Bréfritari: Malene Jensdóttir
Viðtakandi: Páll Pálsson
Dagsetning: A-1819-01-07
Skrifað á: Hallfreðarstöðum  N-Múl.

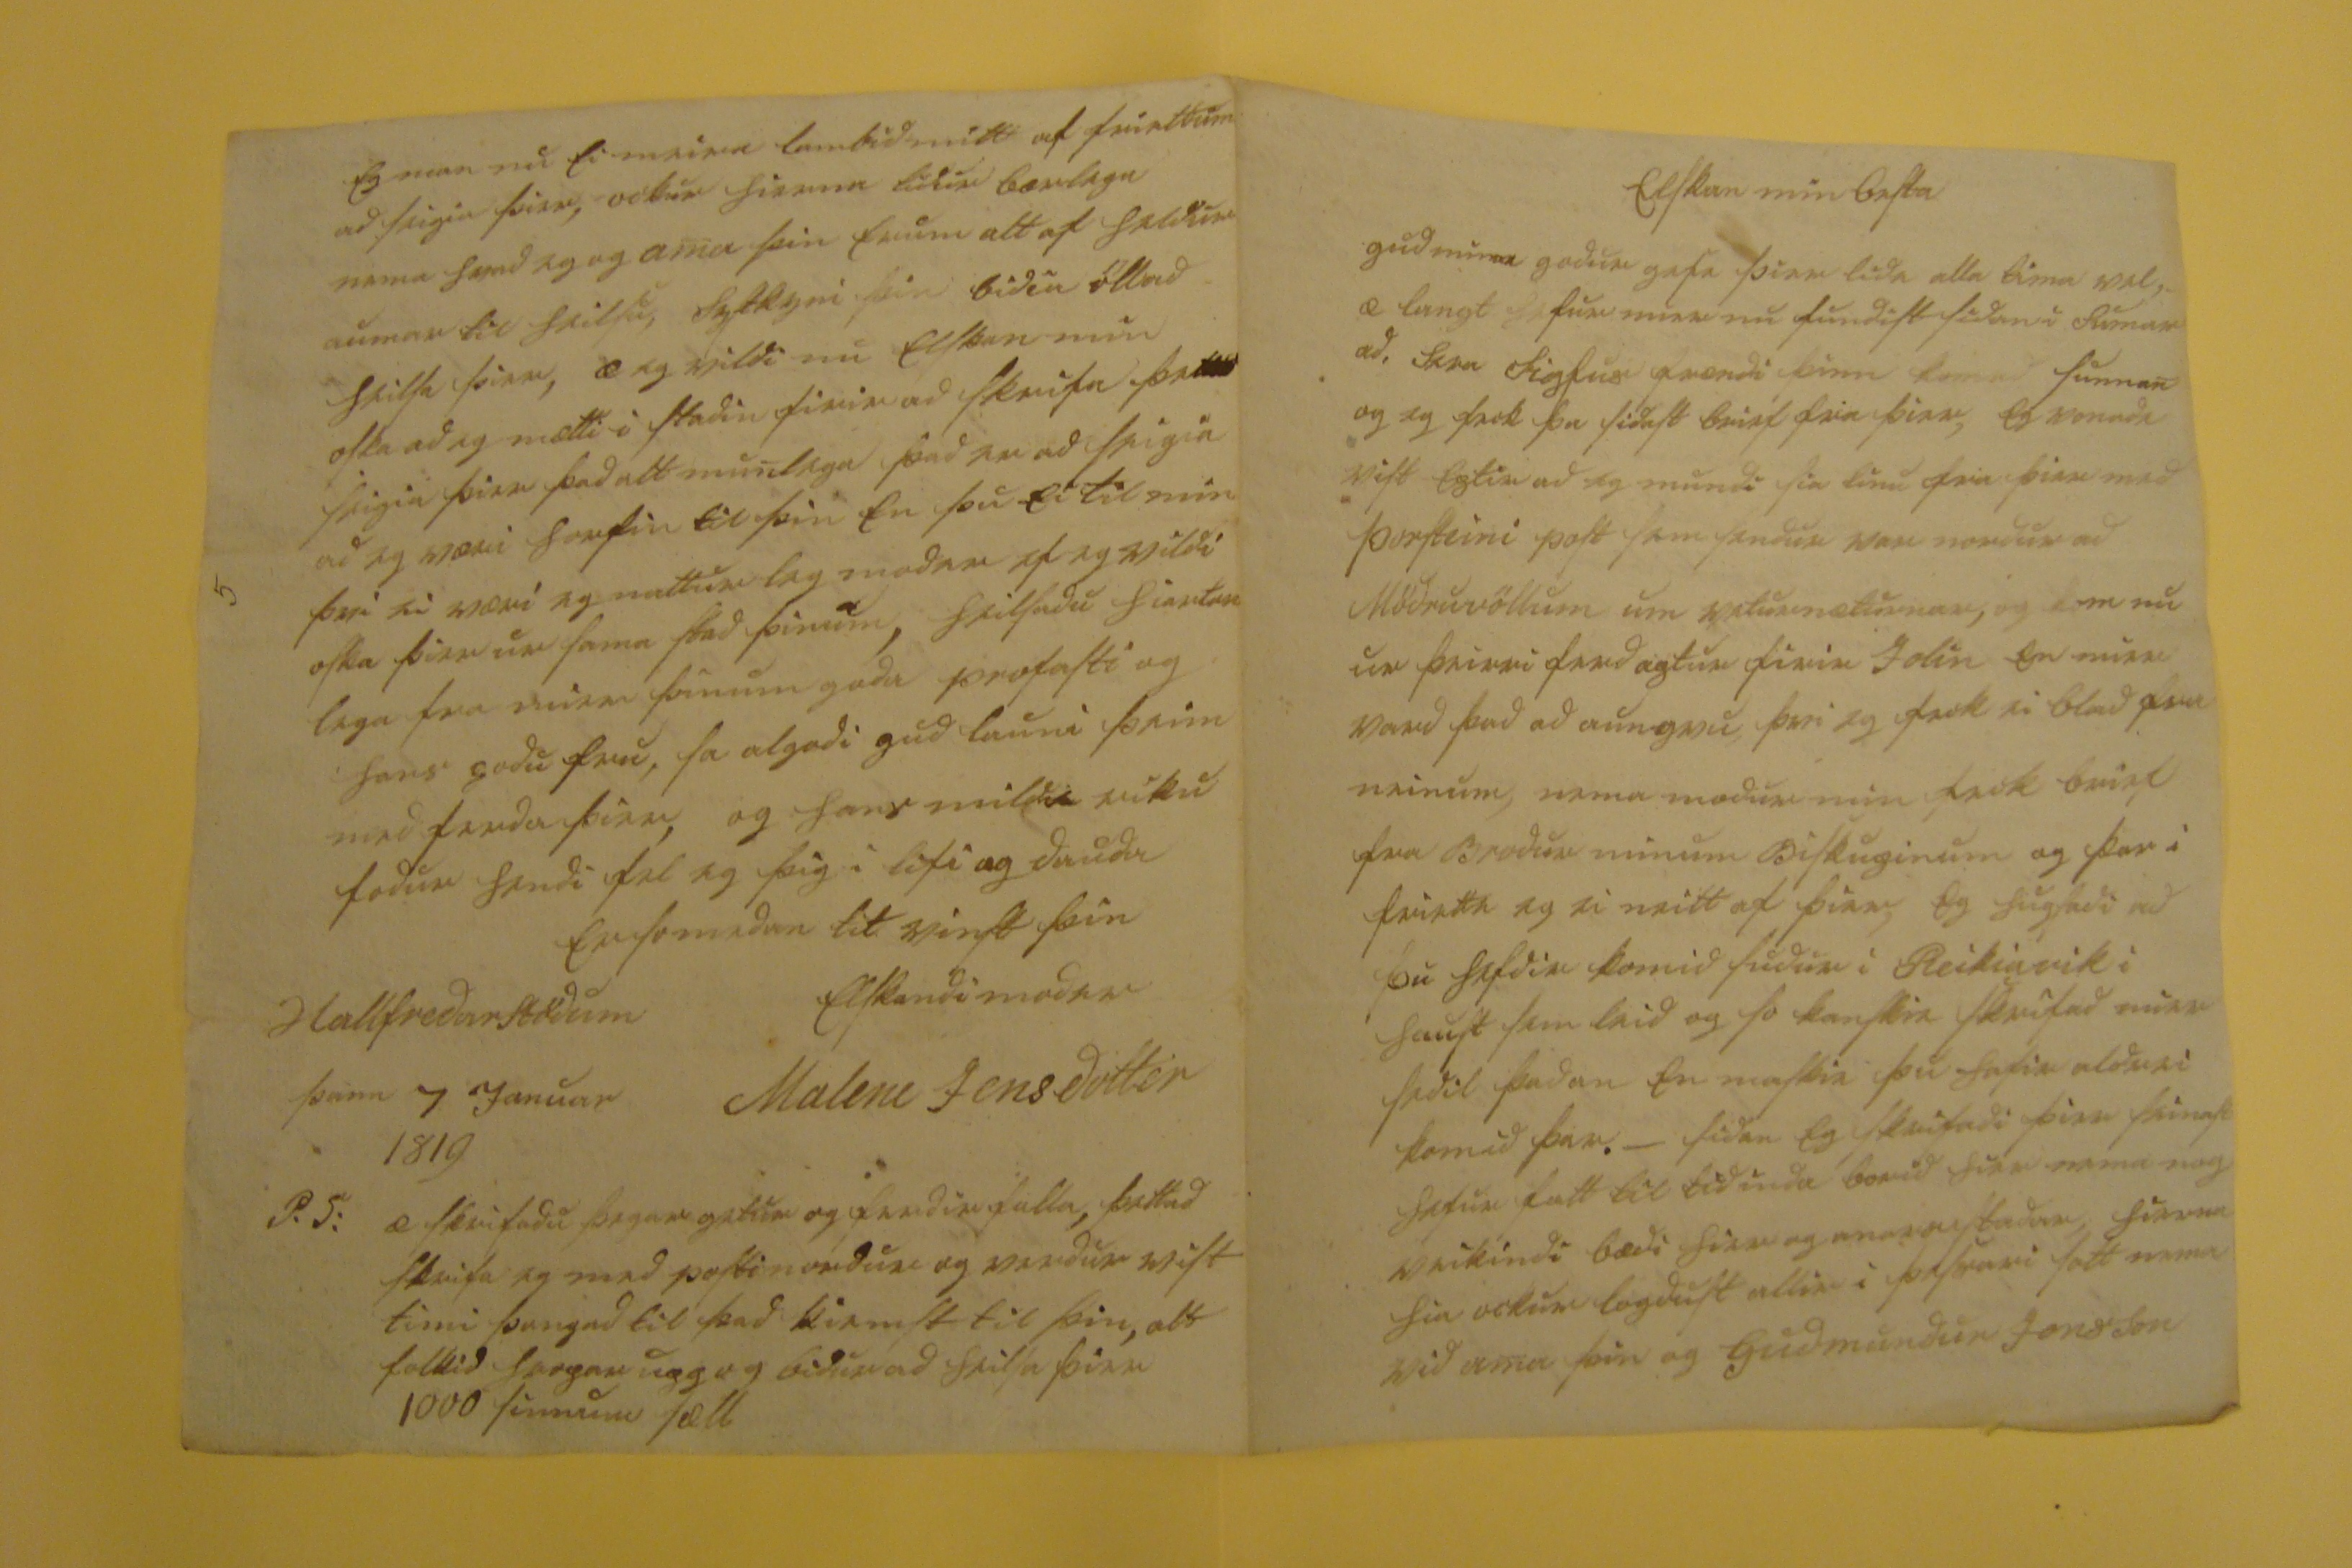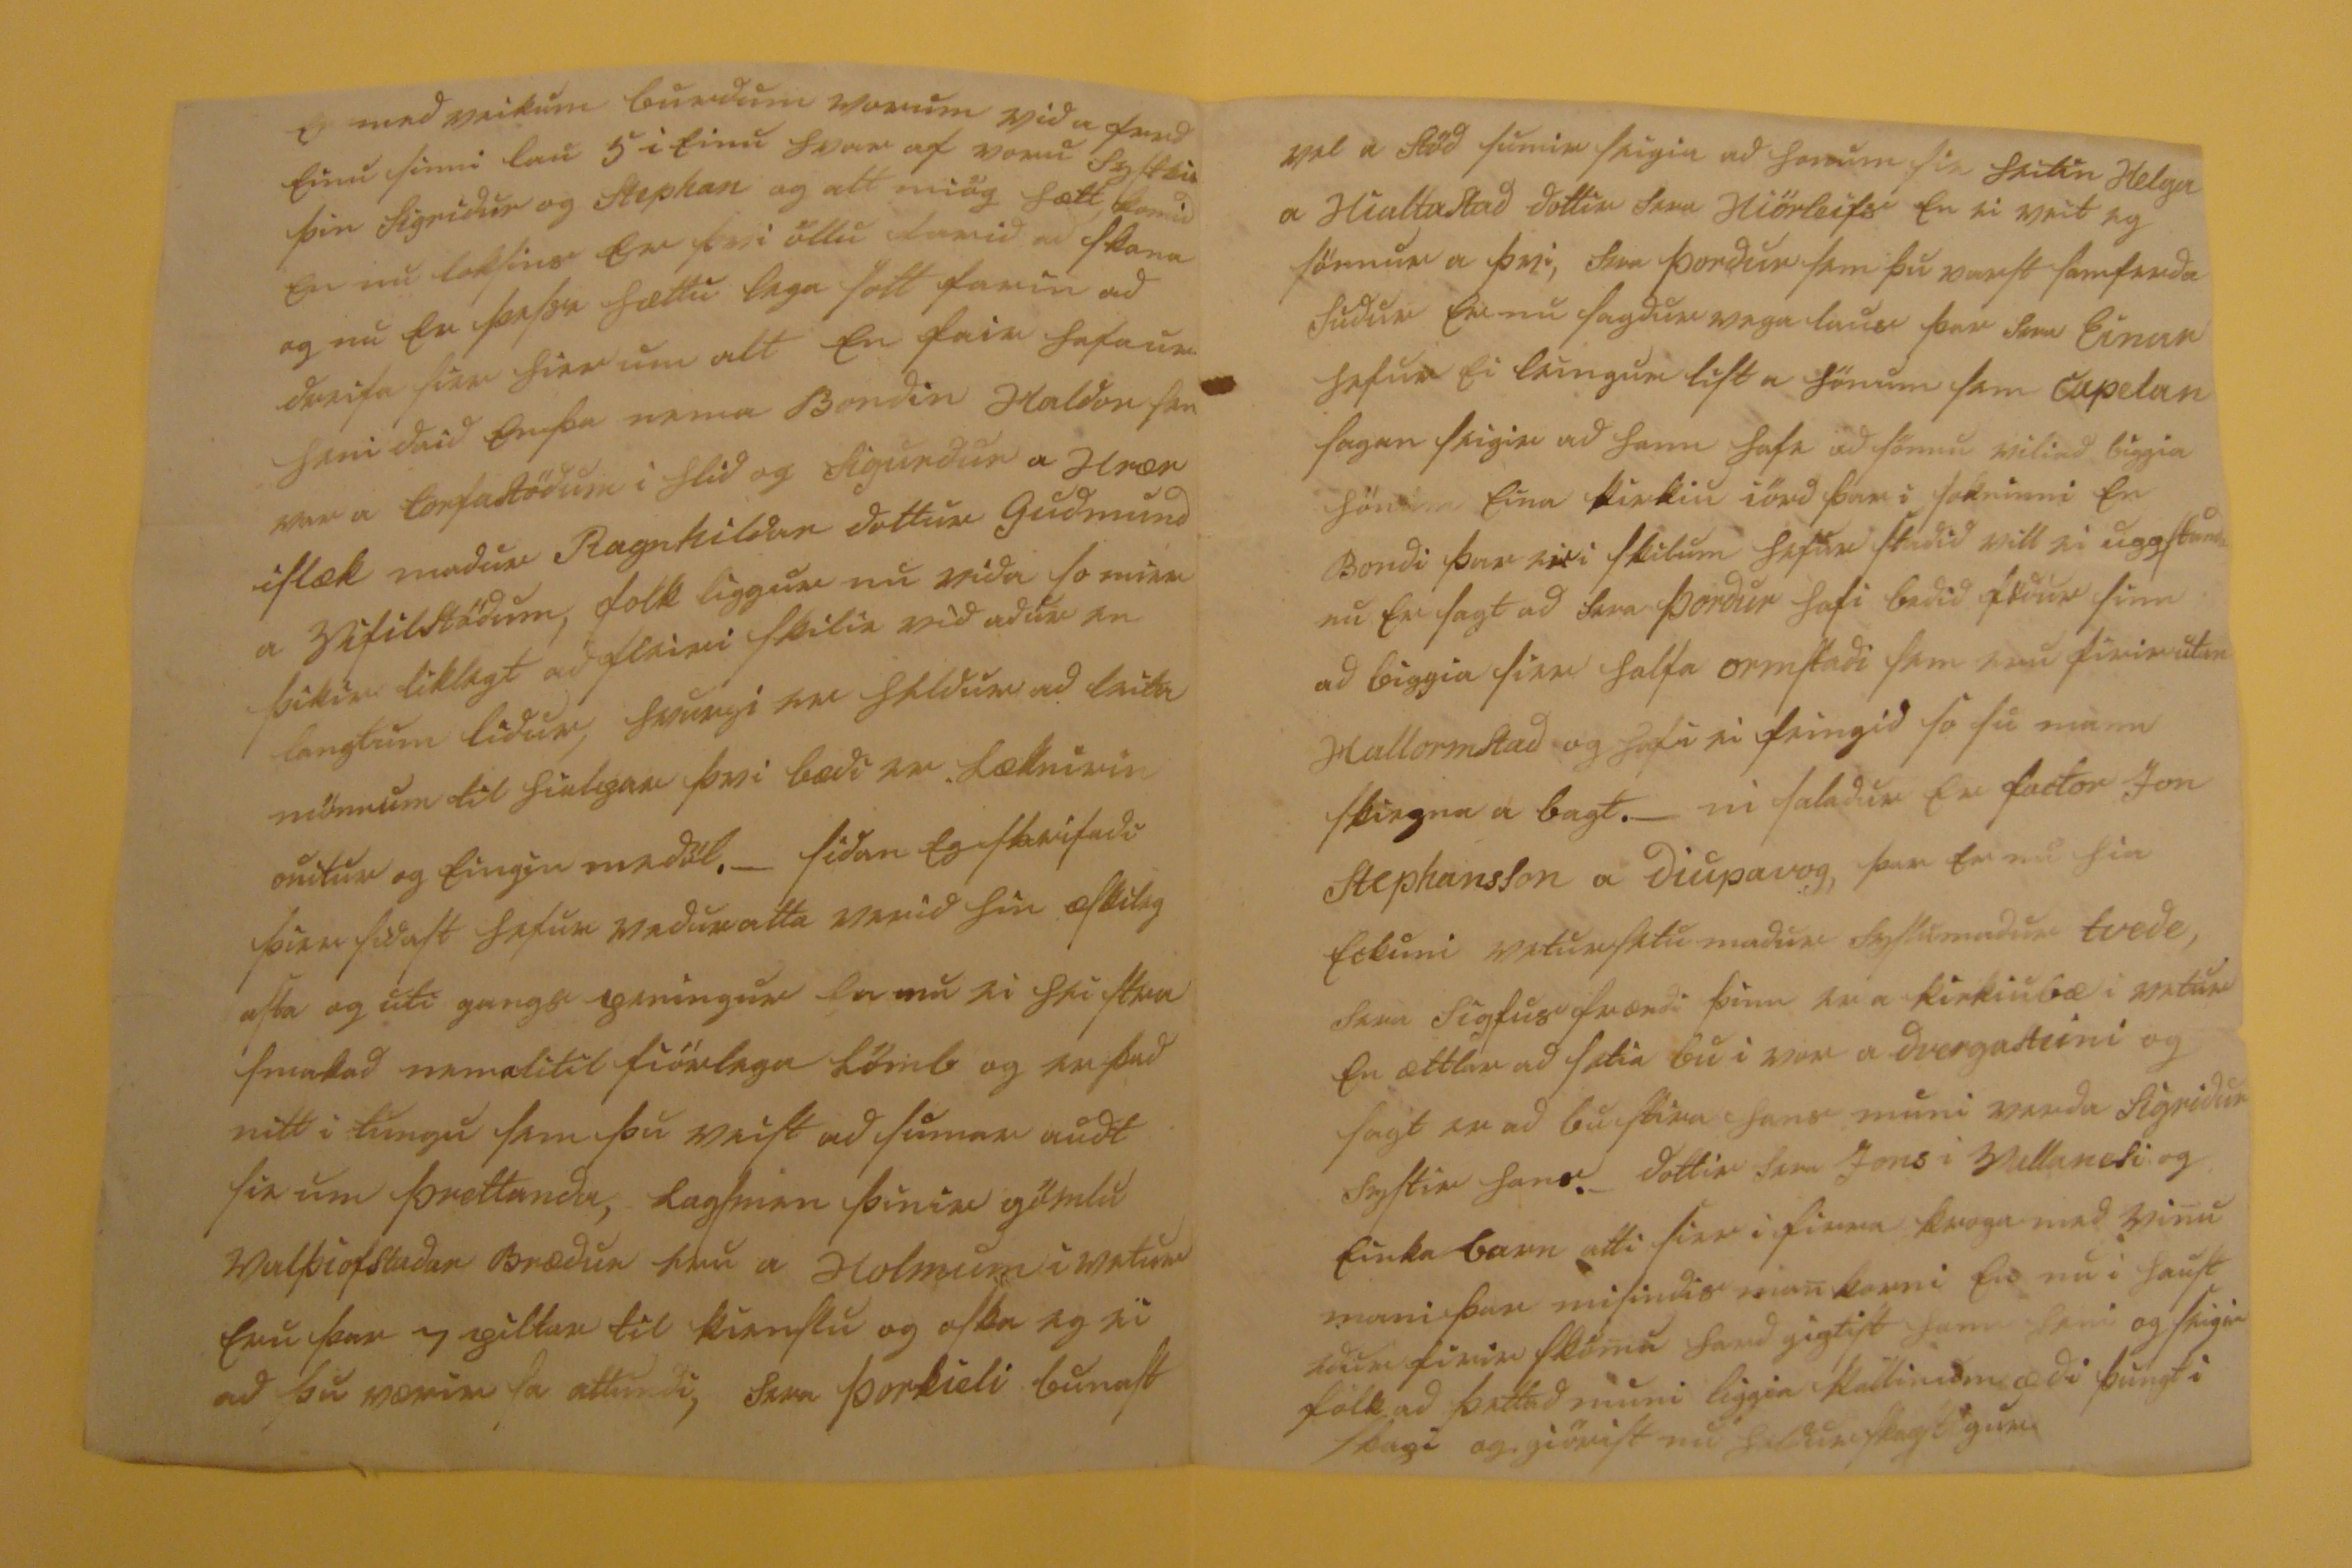

elskan min besta
gud minn godur gefi þier lida alla tima vel, æ langt hefur mier nu fundist sidan i sumar ad, Sera Sigfus frændi þinn kom ad sunnan og eg feck þa sidast brief fra þier, eg vonadi vist eptir ad eg mundi sia linu fra þier med Þorsteini post sem sendur var nordur ad Mödruvöllum um veturnæturnar, og kom nu ur þeirri ferd aptur firir Jolin en mier vard þad ad aungvu, þvi eg feck ei blad fra minum, nema madur min feck brief fra Brodur minum Biskupinum og þar i frietti eg ei nitt af þier, eg hugsadi ad þu hefdir komid sudur i Reikiavik i haust sem leid og so kanskie skrifad mier sedil þadan en maskie þu hafir aldrei komid þar. - sidan eg skrifadi þier seinast hefur fatt til tidinda borid hier nema nog veikindi bædi hier og annarstadar, hierna hia ockur logdust allir i þessari sott nema vid ama þin og Gudmundur Jonsson
en med veikum burdum vorum vid a ferd einu sinni lau 5 i einu hvar af voru Systir þin Sigrídur og Stephan og alt miög hætt komid en nu loksins er þvi öllu farid ad skana og nu er þessi hættu lega sott farin ad dreifa sier hier um alt en fair hafa ur heni daid enþa nema Bondin Haldor sem var a torfastödum i hlíd og Sigurdur a Hrærislæk madur Ragnhildar dottur Gudmund a Vifilstödum, folk liggur nu vída so mier þikir líklegt ad fleiri skilie vid adur en langtum lídur, hvurgi var heldur ad leita mönnum til hialpar því bædi var Læknirin onítur og eingin medöl. _ sídan eg skrifadi þier sídast hefur veduratta verid hin æskilegasta og úti gangs peningur en nú
heistra
smalad
nema
litil fiörlega lömb og er þad nitt i
tungu
sem þú veist ad sumar
audt
sie um þrettanda, Lagsmen þinir gömlu Valþiofstadar Brædur eru a Holmum i vetur eru þar 7 piltar til kienslu og oska eg ei ad þú værir sa attundi, Sera Þorkieli bunast
vel a Stöd sumir seigia ad honum sie heitin Helga a Hialtastad dottir Sera Hiörleifs en ei veit eg sönnur a þvi, Sera Þordur sem þu varst samferda sudur er nu sagdur vega laus þar Sera Einar hefur ei leingur list a hönum sem Capelan sagan seigir ad hann hafi ad sönnu viliad biggia hönum eina kirkiu iörd þar í sokninni en Bondi þar er i skilum hefur stadid vill ei uppstanda nu er sagt ad Sera Þordur hafi bedid födur sinn ad biggia sier halfa ormstadi sem eru firir utan Hallormstad og hafi ei feingid so mann skiepna a bagt. _ ní saladur er factor Jon Stephansson a diupavog, þar er nú hia eckuni vetursetumadur Syslumadur tvede, Sera Sigfus frændi þinn er a kirkiubæ i vetur en ættlar ad setia bu í vor a dvergasteini og sagt er ad bústíra hans muni verda Sigrídur systir hans. _ dottir Sera Jons í Vallanesi og einkabarn atti firr i firra kroga med vinu mani þan misindis man
kieni ei
nu i haust ádur firir skömu
hard
giptist hann heni og seigir fólk ad þettad muni liggia a kallinum ædi þungt i skapi og gjörist nú heldur
skapt00000
Eg man nú ei meira lambid mitt af friettum ad seigia þier, ockur hierna lídur bærilega nema hvad eg og ama þin erum altaf heldur aumar til heilsu, systkyni þin bidia öll ad heilsa þier, æ eg vildi nú elskan mín oska ad eg mætti i stadin firir ad skrifa þa
000
seigia þier þad alt munlega, þad er ad seigia ad eg væri horfin til þín en þú ei til mín því ei væri eg natturleg modir ef eg vildi oska þier úr sama stad þínum, heilsadu hiartan lega fra mier þínum goda profasti og hans godu frú, sa algodi gud launi þeim medferd a þier, og hans mildi ríku fodur hendi fel eg þig í lífi og dauda
En so
madur tít vinst
þín elskandi módir
Malene Jensdóttir
Hallfredarstödum þann 7 Januar 1819
P.S: æ skrifadu þegar getur og ferdir falla, þettad skrifa eg med postin nordur og verdur víst tími þangad til þad kiemst til þín, alt folkid hropar upp og bidur heilsa þier 1000 sinnum sæll